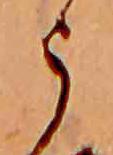
う